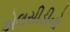
એલસીડીનો